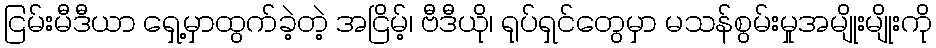
ငြမ်းမီဒီယာ ရှေ့မှာထွက်ခဲ့တဲ့ အငြိမ့်၊ ဗီဒီယို၊ ရုပ်ရှင်တွေမှာ မသန်စွမ်းမှုအမျိုးမျိုးကို